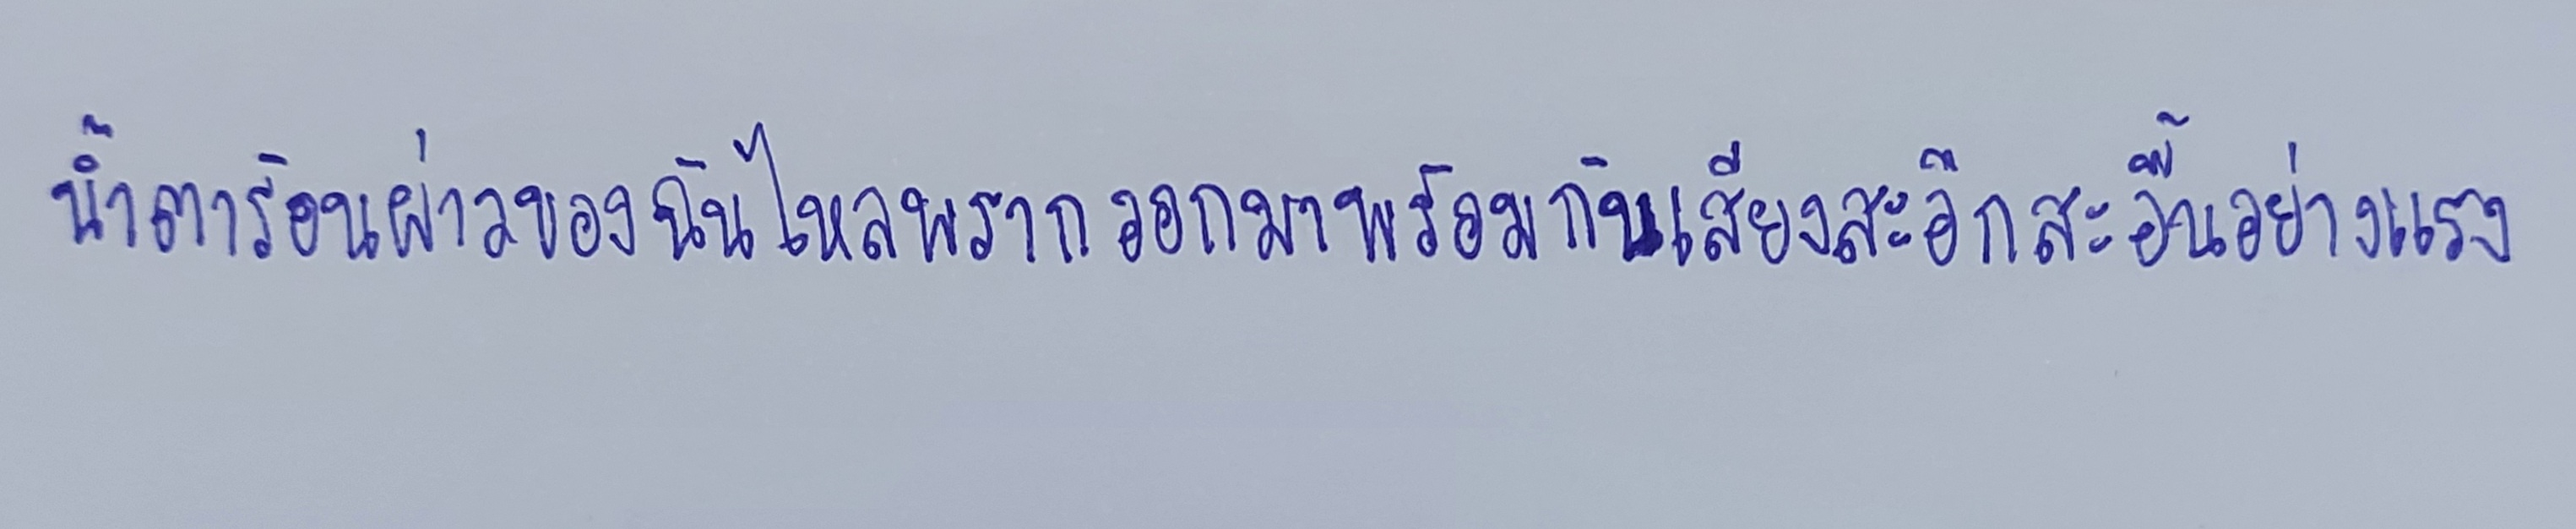
น้ำตาร้อนผ่าวของฉันไหลพรากออกมาพร้อมกับเสียงสะอึกสะอื้นอย่างแรง